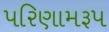
પરિણામરૂપ